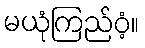
မယုံကြည်ဝံ့။